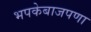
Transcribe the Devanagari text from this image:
भपकेबाजपणा